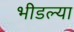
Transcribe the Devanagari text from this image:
भीडल्या